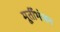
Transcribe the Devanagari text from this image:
मूर्तीभंजन